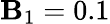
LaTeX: \mathbf{B}_{1}=0.1